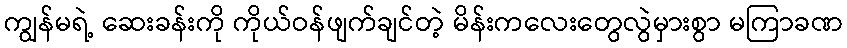
ကျွန်မရဲ့ ဆေးခန်းကို ကိုယ်ဝန်ဖျက်ချင်တဲ့ မိန်းကလေးတွေလွဲမှားစွာ မကြာခဏ